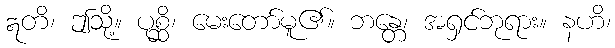
ဣတိ၊ ဤသို့။ ပုစ္ဆိ၊ မေးတော်မူ၏။ ဘန္တေ၊ အရှင်ဘုရား။ နဟိ၊